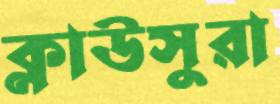
ক্লাউসুরা